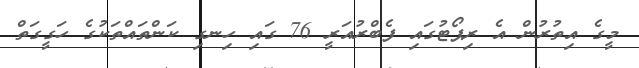
މީގެ އިތުރުން އެ ރިޕޯޓުގައި ފެބްރުއަރީ 76 ގައި ހިނގި ކަންތައްތަކުގެ ހަގީގަތް